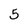
Character: 5